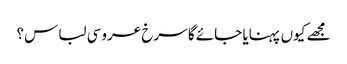
مجھے کیوں پہنایا جائے گا سرخ عروسی لباس؟